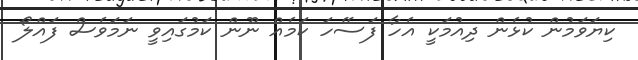
ކިޔަވަމުން ކުޅެން ދިއުމަކީ އެހާ ފަސޭހަ ކަމެއް ނޫން ކަމުގައިވީ ނަމަވެސް ފައްލޯ